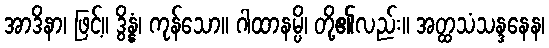
အာဒိနာ၊ ဖြင့်။ ဒွိန္နံ၊ ကုန်သော။ ဂါထာနမ္ပိ၊ တို့၏လည်း။ အတ္ထသံသန္ဒနေန၊